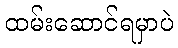
ထမ်းဆောင်ရမှာပဲ